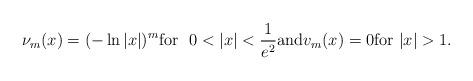
LaTeX: \begin{align*} \nu_{ m}(x)= (-\ln|x|)^m{\rm for}\ \ 0<|x|<\frac1{e^2}{\rm and}v_{ m}(x) =0{\rm for }\ |x|>1. \end{align*}